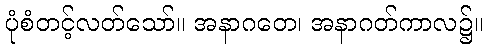
ပုံစံတင့်လတ်သော်။ အနာဂတေ၊ အနာဂတ်ကာလ၌။